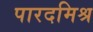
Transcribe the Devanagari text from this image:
पारदमिश्र